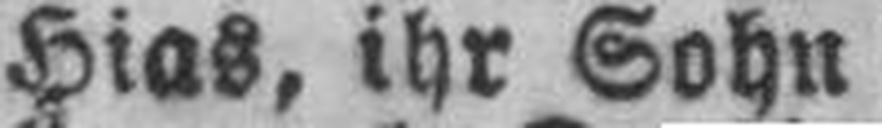
Hias, ihr Sohn